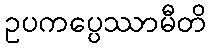
ဥပကပ္ပေဿာမီတိ